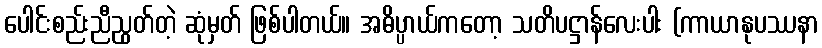
ပေါင်းစည်းညီညွတ်တဲ့ ဆုံမှတ် ဖြစ်ပါတယ်။ အဓိပ္ပာယ်ကတော့ သတိပဋ္ဌာန်လေးပါး (ကာယာနုပဿနာ